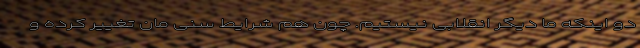
دو اینکه ما دیگر انقلابی نیستیم. چون هم شرایط سنی مان تغییر کرده و